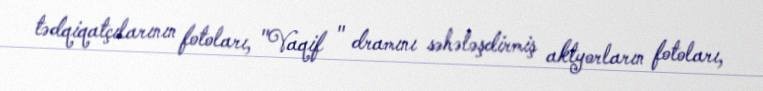
tədqiqatçılarının fotoları, "Vaqif " dramını səhələşdirmiş aktyorların fotoları,